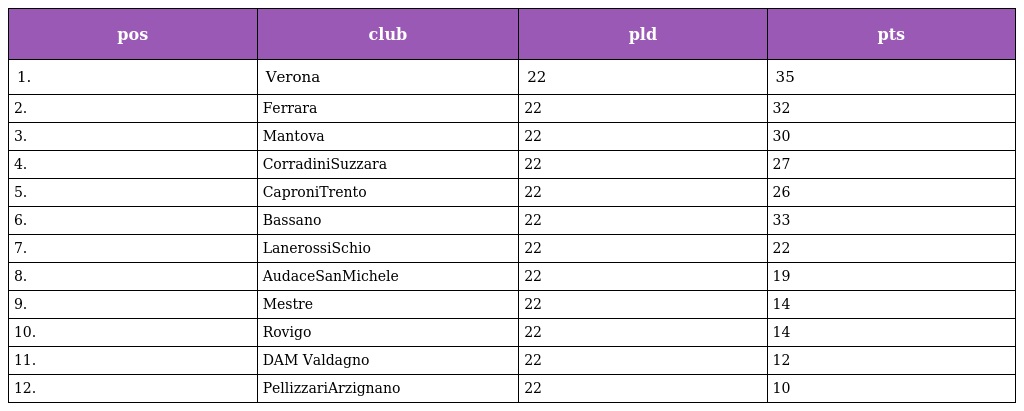
| pos | club | pld | pts |
 | --- | --- | --- | --- |
 | 1. | Verona | 22 | 35 |
 | 2. | Ferrara | 22 | 32 |
 | 3. | Mantova | 22 | 30 |
 | 4. | CorradiniSuzzara | 22 | 27 |
 | 5. | CaproniTrento | 22 | 26 |
 | 6. | Bassano | 22 | 33 |
 | 7. | LanerossiSchio | 22 | 22 |
 | 8. | AudaceSanMichele | 22 | 19 |
 | 9. | Mestre | 22 | 14 |
 | 10. | Rovigo | 22 | 14 |
 | 11. | DAM Valdagno | 22 | 12 |
 | 12. | PellizzariArzignano | 22 | 10 |